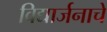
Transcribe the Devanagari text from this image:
विद्यार्जनाचे